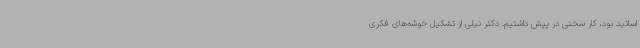
اساتید بود، کار سختی در پیش داشتیم. دکتر نیلی از تشکیل خوشه‌های فکری